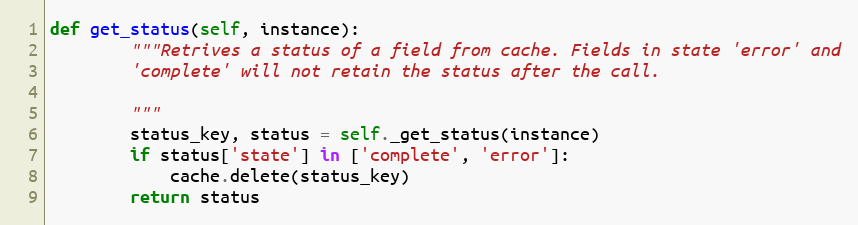
Language: Python
def get_status(self, instance):
        """Retrives a status of a field from cache. Fields in state 'error' and
        'complete' will not retain the status after the call.

        """
        status_key, status = self._get_status(instance)
        if status['state'] in ['complete', 'error']:
            cache.delete(status_key)
        return status